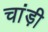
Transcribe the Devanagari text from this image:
चांड़ी